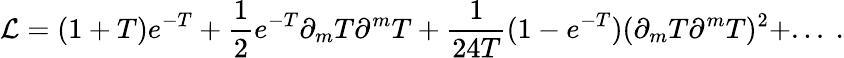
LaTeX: {\cal L}=(1+T)e^{-T}+{\frac{1}{2}}e^{-T}\partial_{m}T\partial^{m}T+{\frac{1}{24T}}(1-e^{-T})(\partial_{m}T\partial^{m}T)^{2}+...\ .